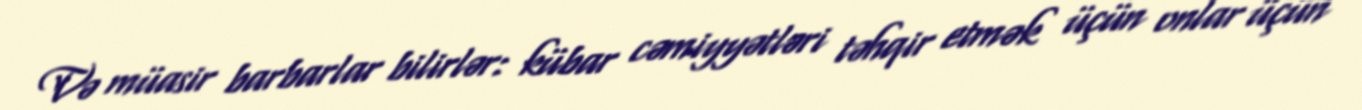
Və müasir barbarlar bilirlər: kübar cəmiyyətləri təhqir etmək üçün onlar üçün